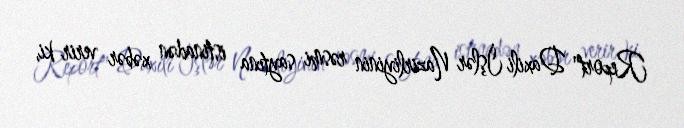
Report" Daxili İşlər Nazirliyinin rəsmi saytına istinadən xəbər verir ki,